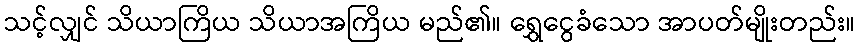
သင့်လျှင် သိယာကြိယ သိယာအကြိယ မည်၏။ ရွှေငွေခံသော အာပတ်မျိုးတည်း။